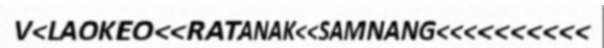
V<LAOKEO<<RATANAK<<SAMNANG<<<<<<<<<<